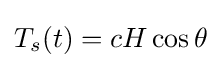
T_{s}(t)=cH\cos \theta